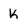
Character: K